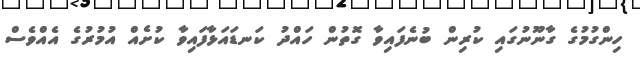
ހިންގުމުގެ ގާނޫނުގައި ކުރިން ބުނެފައިވާ ގޮތުން ހައްދު ކަނޑައަޅާފައިވާ ކުށެއް އުމުރުގެ އެއްވެސް